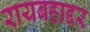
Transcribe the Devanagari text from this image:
रायबहाद्दर